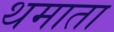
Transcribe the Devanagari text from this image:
थमाता